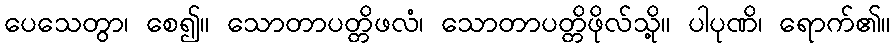
ပေသေတွာ၊ စေ၍။ သောတာပတ္တိဖလံ၊ သောတာပတ္တိဖိုလ်သို့။ ပါပုဏိ၊ ရောက်၏။